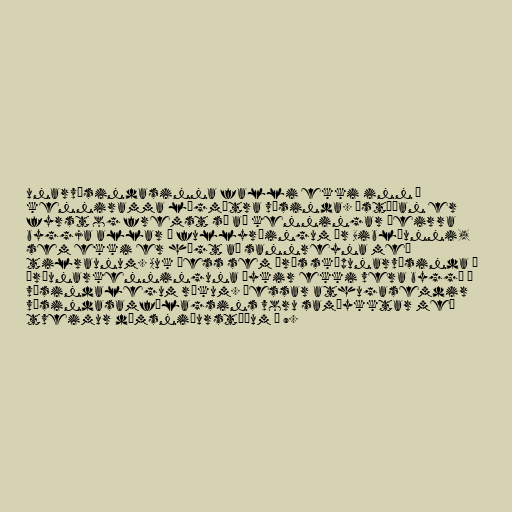
unarvísindasinna falli ekki inn í
kenniramma lögmætra vísinda. Ástæðan er
fyrst og fremst sú að kenningar þeirra
byggja allar á fullyrðingum úr Biblíunni,
sem ekki er hægt að sannreyna með
tilraunum. Auk þess sem árás sköpunarvísinda á
þróunarkenninguna þykir ekki vera byggð á
vísindalegum rökum. Þessar athugasemdir
vísindasamfélagsins voru samþykktar með
tveimur dómsniðurstöðum á 9.